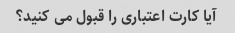
آیا کارت اعتباری را قبول می کنید؟